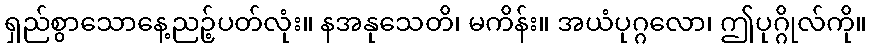
ရှည်စွာသောနေ့ညဉ့်ပတ်လုံး။ နအနုသေတိ၊ မကိန်း။ အယံပုဂ္ဂလော၊ ဤပုဂ္ဂိုလ်ကို။